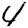
Digit: 4